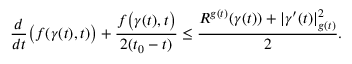
{ \frac { d } { d t } } { \big ( } f ( \gamma ( t ) , t ) { \big ) } + { \frac { f { \big ( } \gamma ( t ) , t { \big ) } } { 2 ( t _ { 0 } - t ) } } \leq { \frac { R ^ { g ( t ) } ( \gamma ( t ) ) + | \gamma ^ { \prime } ( t ) | _ { g ( t ) } ^ { 2 } } { 2 } } .